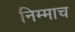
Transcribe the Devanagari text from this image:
निम्माच